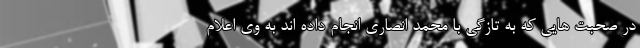
در صحبت هایی که به تازگی با محمد انصاری انجام داده اند به وی اعلام